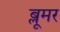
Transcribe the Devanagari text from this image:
ब्लूमर